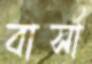
বার্সা